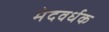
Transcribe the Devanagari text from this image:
मेदवर्धक